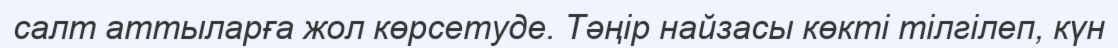
салт аттыларға жол көрсетуде. Тәңір найзасы көкті тілгілеп, күн